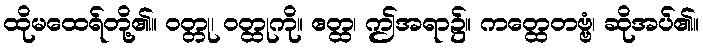
ထိုမထေရ်တို့၏။ ဝတ္တု၊ ဝတ္ထုကို။ ဧတ္ထ၊ ဤအရာ၌။ ကတ္ထေတဗ္ဗံ၊ ဆိုအပ်၏။